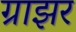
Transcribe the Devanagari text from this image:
ग्राझर